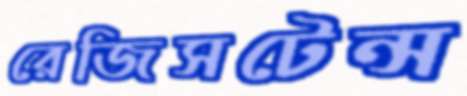
রেজিসটেন্স